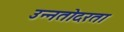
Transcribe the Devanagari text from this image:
उन्नतोदरता